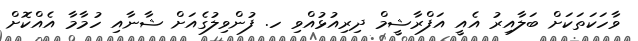
ވާހަކަތަކަށް ބަލާއިރު އެއީ އަފްރާޝީމް ދިރިއުޅުއްވި ހ. ފުންވިލުގެއަށް ޝާނާއި ހުމާމާ އެއްކޮށް